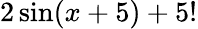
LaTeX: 2\sin(x+5)+5!